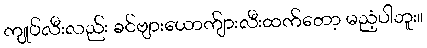
ကျုပ်လီးလည်း ခင်ဗျားယောက်ျားလီးထက်တော့ မညံ့ပါဘူး။